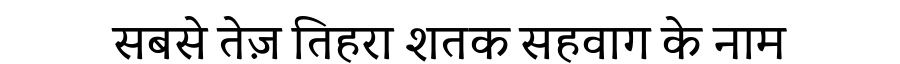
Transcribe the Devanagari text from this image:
सबसे तेज़ तिहरा शतक सहवाग के नाम